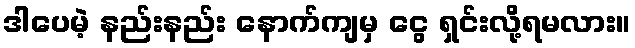
ဒါပေမဲ့ နည်းနည်း နောက်ကျမှ ငွေ ရှင်းလို့ရမလား။